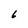
Character: 6